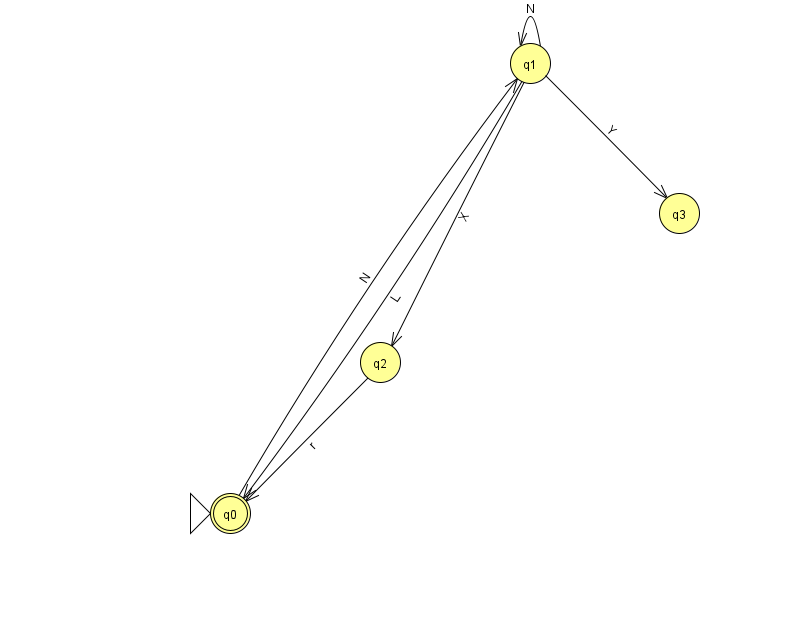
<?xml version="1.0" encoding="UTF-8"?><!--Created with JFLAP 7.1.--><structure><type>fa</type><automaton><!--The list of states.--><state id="0" name="q0"><x>230.0</x><y>500.0</y><initial/><final/></state><state id="1" name="q1"><x>530.0</x><y>50.0</y></state><state id="2" name="q2"><x>380.0</x><y>349.0</y></state><state id="3" name="q3"><x>679.0</x><y>200.0</y></state><!--The list of transitions.--><transition><from>1</from><to>0</to><read>L</read></transition><transition><from>1</from><to>2</to><read>X</read></transition><transition><from>0</from><to>1</to><read>N</read></transition><transition><from>2</from><to>0</to><read>r</read></transition><transition><from>1</from><to>3</to><read>Y</read></transition><transition><from>1</from><to>1</to><read>N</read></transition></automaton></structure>